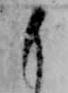
も